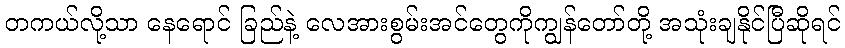
တကယ်လို့သာ နေရောင် ခြည်နဲ့ လေအားစွမ်းအင်တွေကိုကျွန်တော်တို့ အသုံးချနိုင်ပြီဆိုရင်